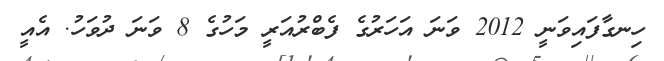
ހިނގާފައިވަނީ 2012 ވަނަ އަހަރުގެ ފެބްރުއަރީ މަހުގެ 8 ވަނަ ދުވަހު. އެއީ